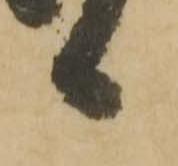
候